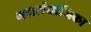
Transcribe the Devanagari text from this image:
महासंयोजिका